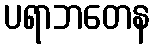
ပရာဘတေန